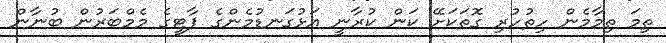
ތިމަ ތިމާމެން ހިތުހުރި ގޮތަކަށޭ ކަން ކުރާނީ އަޅުގަނޑުމެންގެ ޕާޓީގެ މެމްބަރުން ބުނާން